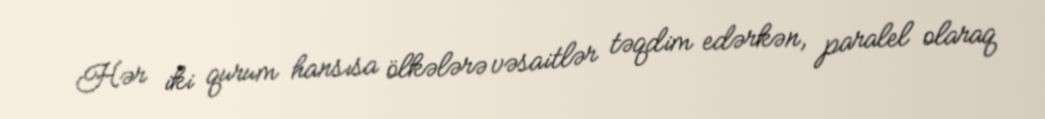
Hər iki qurum hansısa ölkələrə vəsaitlər təqdim edərkən, paralel olaraq